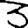
Digit: 3